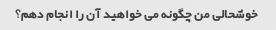
خوشحالی من چگونه می خواهید آن را انجام دهم؟